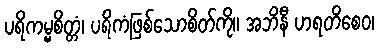
ပရိကမ္မစိတ္တံ၊ ပရိကံဖြစ်သောစိတ်ကို။ အဘိနီ ဟရတိစေဝ၊